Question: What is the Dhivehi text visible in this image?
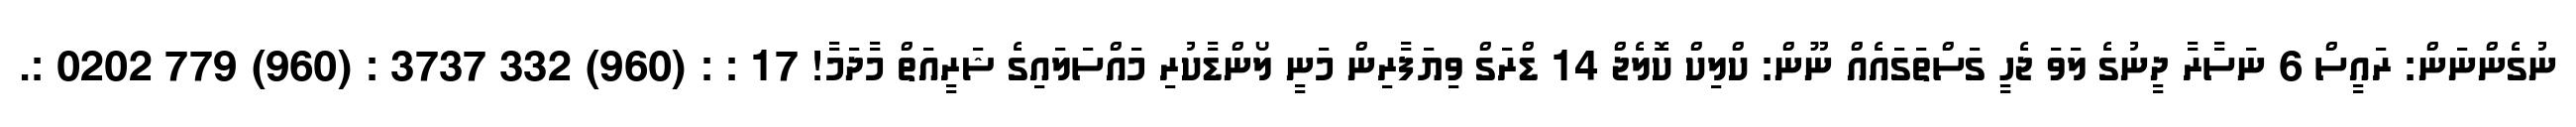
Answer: ނުގެންނަން: ރައީސް 6 ނަސާރާ ދީނުގެ ލަވަ ޖެހީ ގަސްތަގައެއް ނޫން: ކްލިކް ކޮލެޖް 14 ޑްރަގް ވިޔަފާރިން މަނީ ލޯންޑާކުރި މައްސަލައިގެ ޝަރީއަތް މާދަމާ! 17 : : (960) 332 3737 : (960) 779 0202 :.